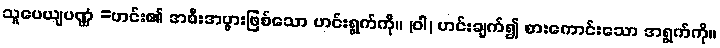
သူပေယျပဏ္ဏံ =ဟင်း၏ အစီးအပွားဖြစ်သော ဟင်းရွက်ကို။ (ဝါ) ဟင်းချက်၍ စားကောင်းသော အရွက်ကို။